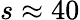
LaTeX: s\approx 40